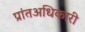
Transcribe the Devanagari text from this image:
प्रांतअधिकारी